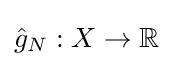
{\hat {g}}_{N}:X\rightarrow \mathbb {R}